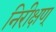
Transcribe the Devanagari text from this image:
निरीक्षण्